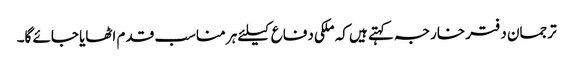
ترجمان دفتر خارجہ کہتے ہیں کہ ملکی دفاع کیلئے ہر مناسب قدم اٹھایا جائے گا۔